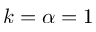
k = \alpha = 1